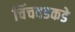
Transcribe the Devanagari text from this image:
चिंचवडकडे